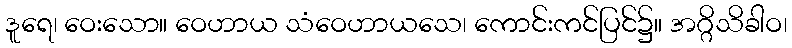
ဒူရေ၊ ဝေးသော။ ဝေဟာယ သံဝေဟာယသေ၊ ကောင်းကင်ပြင်၌။ အဂ္ဂိသိခါဝ၊